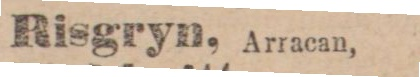
Risgryn, Arracan,